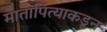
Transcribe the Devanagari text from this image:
मातापित्याकडून